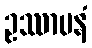
ဥဿာပနံ